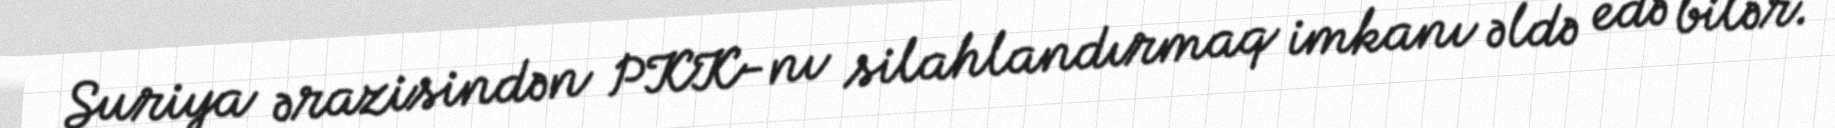
Suriya ərazisindən PKK-nı silahlandırmaq imkanı əldə edə bilər.